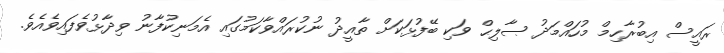
ރައީސް އިބުރާހިމް މުހައްމަދު ޞާލިޙް ވަކި ބޭފުޅަކަށް ތާއީދު ނުކުރައްވާކަމުގައި އެމަނިކުފާނު ވިދާޅުވެފައިވެއެވެ.